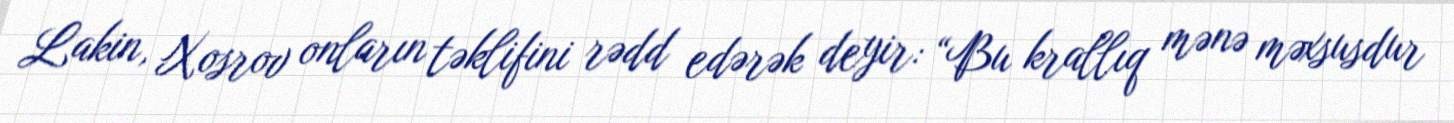
Lakin, Xosrov onların təklifini rədd edərək deyir: “Bu krallıq mənə məxsusdur